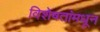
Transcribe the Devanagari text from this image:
विशेषतांमधून